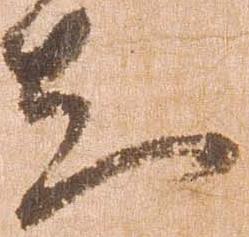
知